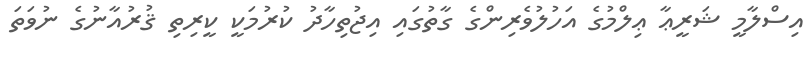
އިސްލާމީ ޝަރީޢާ ޢިލްމުގެ އަހުލުވެރިންގެ ގާތުގައި އިޖުތިހާދު ކުރުމަކީ ކީރިތި ޤުރުއާނުގެ ނުވަތަ